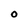
Character: 0